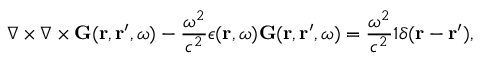
\boldsymbol { \nabla } \times \boldsymbol { \nabla } \times \mathbf { G } ( \mathbf { r } , \mathbf { r } ^ { \prime } , \omega ) - \frac { \omega ^ { 2 } } { c ^ { 2 } } \epsilon ( \mathbf { r } , \omega ) \mathbf { G } ( \mathbf { r } , \mathbf { r } ^ { \prime } , \omega ) = \frac { \omega ^ { 2 } } { c ^ { 2 } } \mathbb { 1 } \delta ( \mathbf { r } - \mathbf { r } ^ { \prime } ) ,